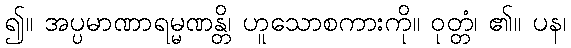
၍။ အပ္ပမာဏာရမ္မဏန္တိ၊ ဟူသောစကားကို။ ဝုတ္တံ၊ ၏။ ပန၊